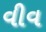
વીવ